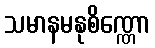
သမာနမနုစိဏ္ဏော